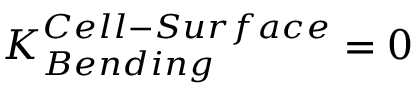
K _ { B e n d i n g } ^ { C e l l - S u r f a c e } = 0